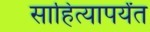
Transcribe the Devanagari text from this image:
साहित्यापर्यंत